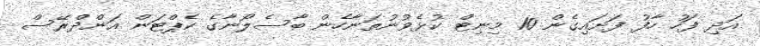
އަދި ފަހު ހާފު ފަށައިގެން 10 މިނިޓް ކުޅެވުނުތަނާހެން ބާސެލޯނާގެ ކެޕްޓަން އަންދްރޭސް